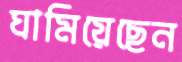
ঘামিয়েছেন